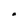
Character: a